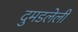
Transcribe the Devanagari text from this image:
दुमडलेली